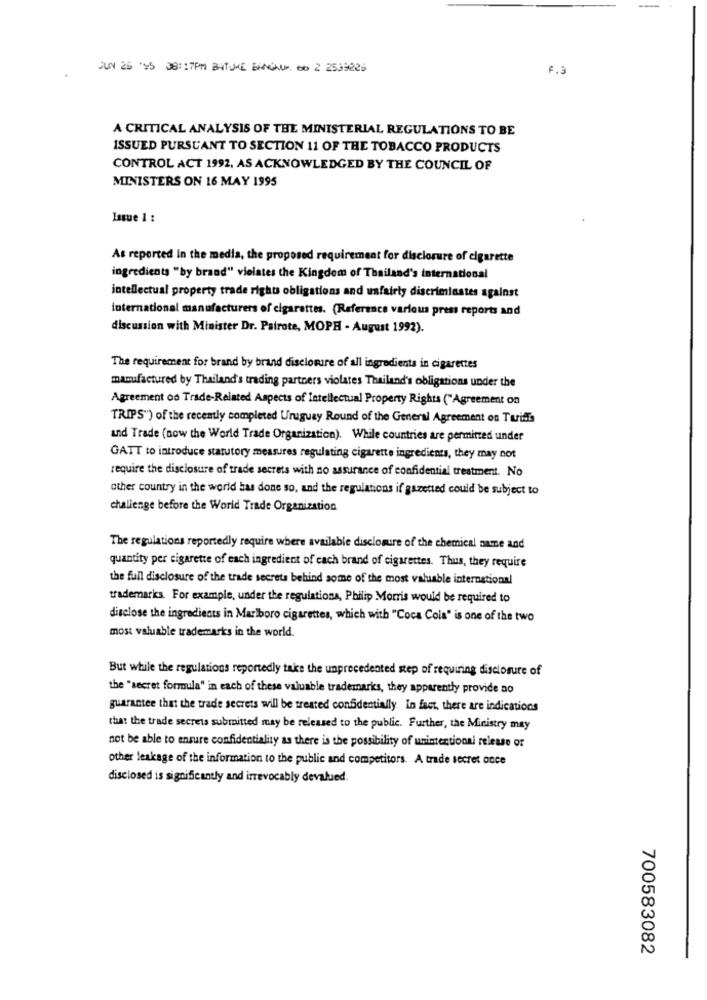
JUN 25 45 38: 17PM BITUME BANGHUN DO 2 2559225
F.3
A CRITICAL ANALYSIS OF THE MINISTERIAL REGULATIONS TO BE
ISSUED PURSUANT TO SECTION 11 OF THE TOBACCO PRODUCTS
CONTROL ACT 1992, AS ACKNOWLEDGED BY THE COUNCIL OF
MINISTERS ON 16 MAY 1995
Issue 1 :
As reported In the media, the proposed requirement for disclosure of cigarette
ingredients "by brand" vielates the Kingdom of Thailand's international
intellectual property trade rights obligations and unfairly discriminates against
international manufacturers of cigarettes. (Reference various press reports and
discussion with Minister Dr. Patrote, MOPH - August 1992).
The requirement for brand by brand disclosure of all ingredients in cigarettes
manufactured by Thailand's trading partners violates Thailand's obligations under the
Agreement oo Trade-Related Aspects of Intellectual Property Rights ("Agreement on
TRIPS") of the recently completed Uruguay Round of the General Agreement on Turiffs
and Trade (now the World Trade Organization). While countries are permitted under
GATT to introduce statutory measures regulating cigarette ingredients, they may not
require the disclosure of trade secrets with no assurance of confidential treatment. No
other country in the world has done so, and the regulations if gazetted could be subject to
challenge before the World Trade Organization
The regulations reportedly require where available disclosure of the chemical name and
quantity per cigarette of each ingredient of each brand of cigarettes. Thus, they require
the full disclosure of the trade secrets behind some of the most valuable international
trademarks. For example, under the regulations, Philip Morris would be required to
disclose the ingredients in Marlboro cigarettes, which with "Coca Cola" is one of the two
most valuable trademarks in the world.
But while the regulations reportedly take the unprecedented step of requiring disclosure of
the "secret formula" in each of these valuable trademarks, they apparently provide no
guarantee that the trade secrets will be treated confidentially. in fact, there are indications
that the trade secrets submitted may be released to the public. Further, the Ministry may
not be able to ensure confidentiality as there is the possibility of unintentional release of
other leakage of the information to the public and competitors. A trade secret once
disclosed is significantly and irrevocably devalued.
700583082